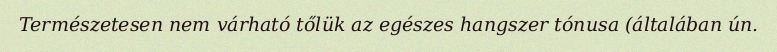
Természetesen nem várható tőlük az egészes hangszer tónusa (általában ún.